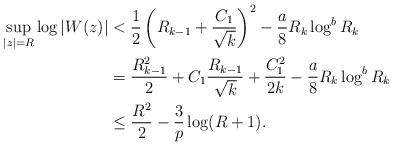
LaTeX: \begin{align*}\sup_{|z|=R}\log|W(z)|&< \frac12\left(R_{k-1}+\frac{C_1}{\sqrt k}\right)^2-\frac a8R_k\log^b R_{k}\\&= \frac{R_{k-1}^2}2+C_1\frac{R_{k-1}}{\sqrt k}+\frac {C_1^2}{2k}-\frac a8R_k\log^b R_{k}\\&\le \frac{R^2}2-\frac3p\log (R+1).\end{align*}